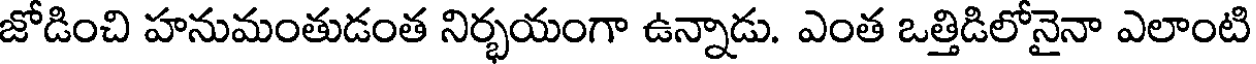
జోడించి హనుమంతుడంత నిర్భయంగా ఉన్నాడు. ఎంత ఒత్తిడిలోనైనా ఎలాంటి